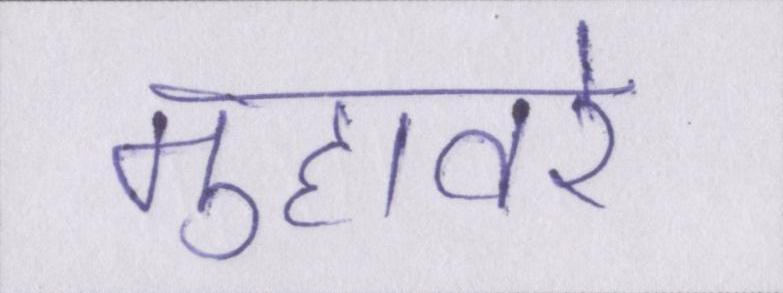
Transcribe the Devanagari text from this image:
मुहावरे